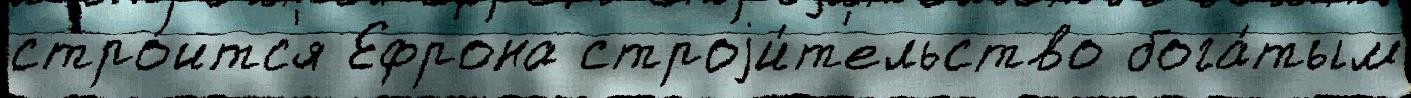
стро́итс'я Ефрона строjи́т'ельство бога́тым